Indian journal of veterinary science and animal husbandry - Volume 5,
Year: 1935
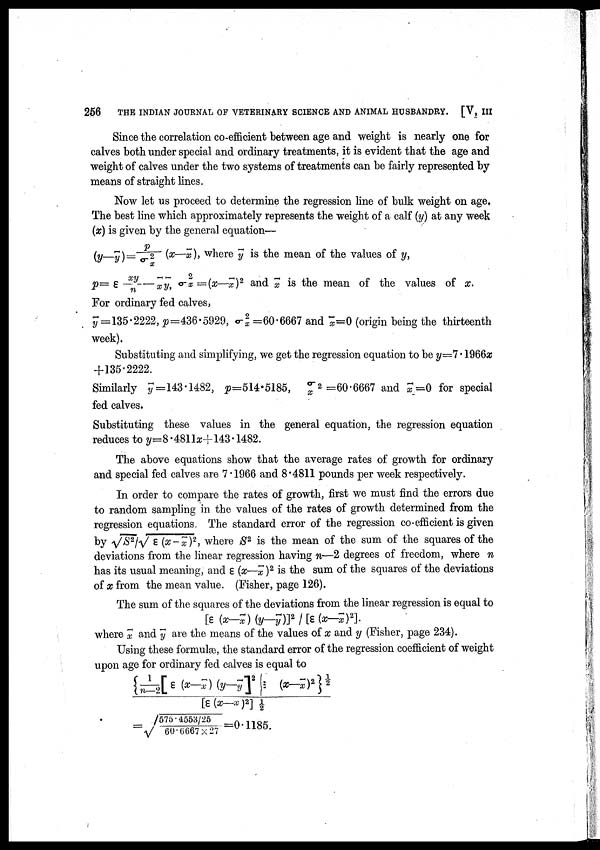
256
THE INDIAN JOURNAL OF VETERINARY SCIENCE AND ANIMAL HUSBANDRY. [V, III
Since the correlation co-efficient between age and weight is nearly one for
calves both under special and ordinary treatments, it is evident that the age and
weight of calves under the two systems of treatments can be fairly represented by
means of straight lines.
Now let us proceed to determine the regression line of bulk weight on age.
The best line which approximately represents the weight of a calf (y) at any week
(x) is given by the general equation—
(y—y)=p/σx2 (x—x), where y is the mean of the values of y,
p= ε —xy, σ2 x=(x—x) 2 and i x is the mean of the values of x.
For ordinary fed calves,
y = 135.2222, p=436.5929, σ 2 x=60-6667 and x=0 (origin being the thirteenth
week).
Substituting and simplifying, we get the regression equation to be y—7.1966x
+135.2222.
Similarly y=143.1482, p=514.5185, σx 2 =60.6667 and x=0 for special
fed calves.
Substituting these values in the general equation, the regression equation
reduces to y=8.4811x+143.1482.
The above equations show that the average rates of growth for ordinary
and special fed calves are 7.1966 and 8.4811 pounds per week respectively.
In order to compare the rates of growth, first we must find the errors due
to random sampling in the values of the rates of growth determined from the
regression equations. The standard error of the regression co-efficient is given
by
, where S 2 is the mean of the sum of the squares of the
deviations from the linear regression having n—2 degrees of freedom, where n
has its usual meaning, and ε (x—x ) 2 is the sum of the squares of the deviations
of x from the mean value. (Fisher, page 126).
The sum of the squares of the deviations from the linear regression is equal to
[ε (x-x)(y-y)/[ε(x-x) 2 ].
where x and y are the means of the values of x and y (Fisher, page 234).
Using these formulæ, the standard error of the regression coefficient of weight
upon age for ordinary fed calves is equal to